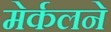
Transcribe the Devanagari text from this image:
मेर्कलने